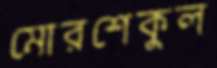
মোরশেকুল